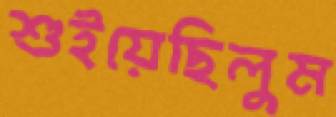
শুইয়েছিলুম